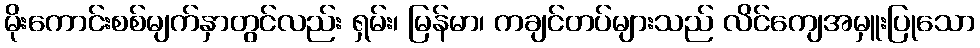
မိုးကောင်းစစ်မျက်နှာတွင်လည်း ရှမ်း၊ မြန်မာ၊ ကချင်တပ်များသည် လိင်ကျေအမှူးပြုသော